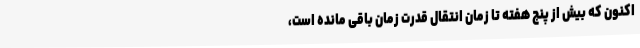
اکنون که بیش از پنج هفته تا زمان انتقال قدرت زمان باقی مانده است،